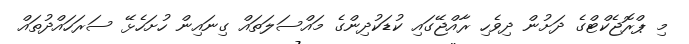
މި ޕްރޮޖެކްޓްގެ ދަށުން ދިވެހި ރާއްޖޭގައި ކުޑަކުދިންގެ މައްސަލަތައް ގިނައިން ހުށަހެޅޭ ސަރަހައްދުތައް